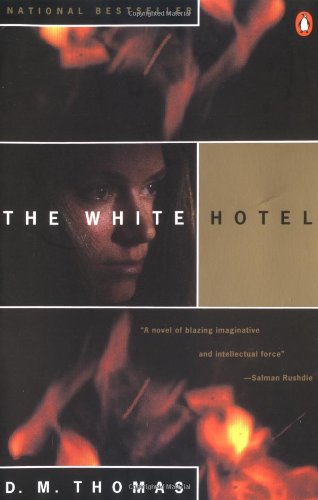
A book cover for The White Hotel; D. M. Thomas; Literature & Fiction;